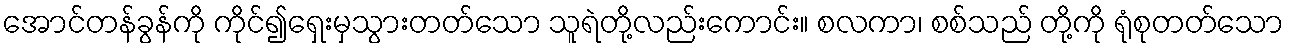
အောင်တန်ခွန်ကို ကိုင်၍ရှေးမှသွားတတ်သော သူရဲတို့လည်းကောင်း။ စလကာ၊ စစ်သည် တို့ကို ရုံစုတတ်သော